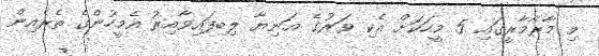
މި މާރާމާރީގައި 5 މީހަކަށް އެކި ވަރުގެ އަނިޔާ ލިބިފައިވާއިރު އެމީހުންގެ ތެރެއިން